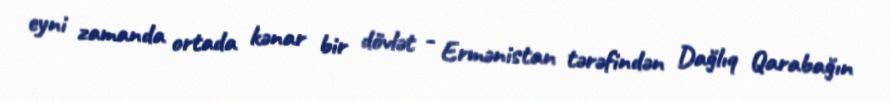
eyni zamanda ortada kənar bir dövlət - Ermənistan tərəfindən Dağlıq Qarabağın